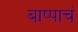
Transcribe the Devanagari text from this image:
बाष्पाचं